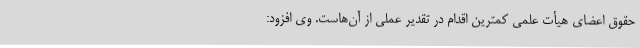
حقوق اعضای هیأت علمی کمترین اقدام در تقدیر عملی از آن‌هاست. وی افزود: